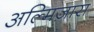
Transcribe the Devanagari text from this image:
अल्मिज़ारा